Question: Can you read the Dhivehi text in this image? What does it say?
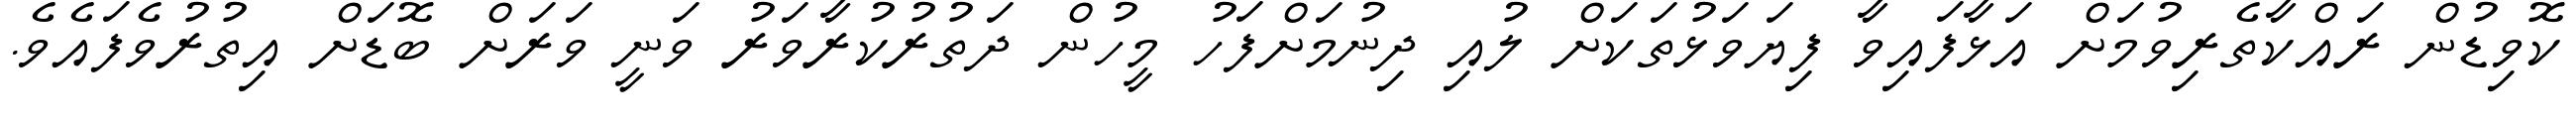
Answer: ކޮވިޑުން ރައްކާތެރިވުމަށް އަޅާފައިވާ ފިޔަވަޅުތަކަށް ލުއި ދިނުމަށްފަހު މީހުން ދަތުރުކުރާވަރު ވަނީ ވަރަށް ބޮޑަށް އިތުރުވެފައެވެ.